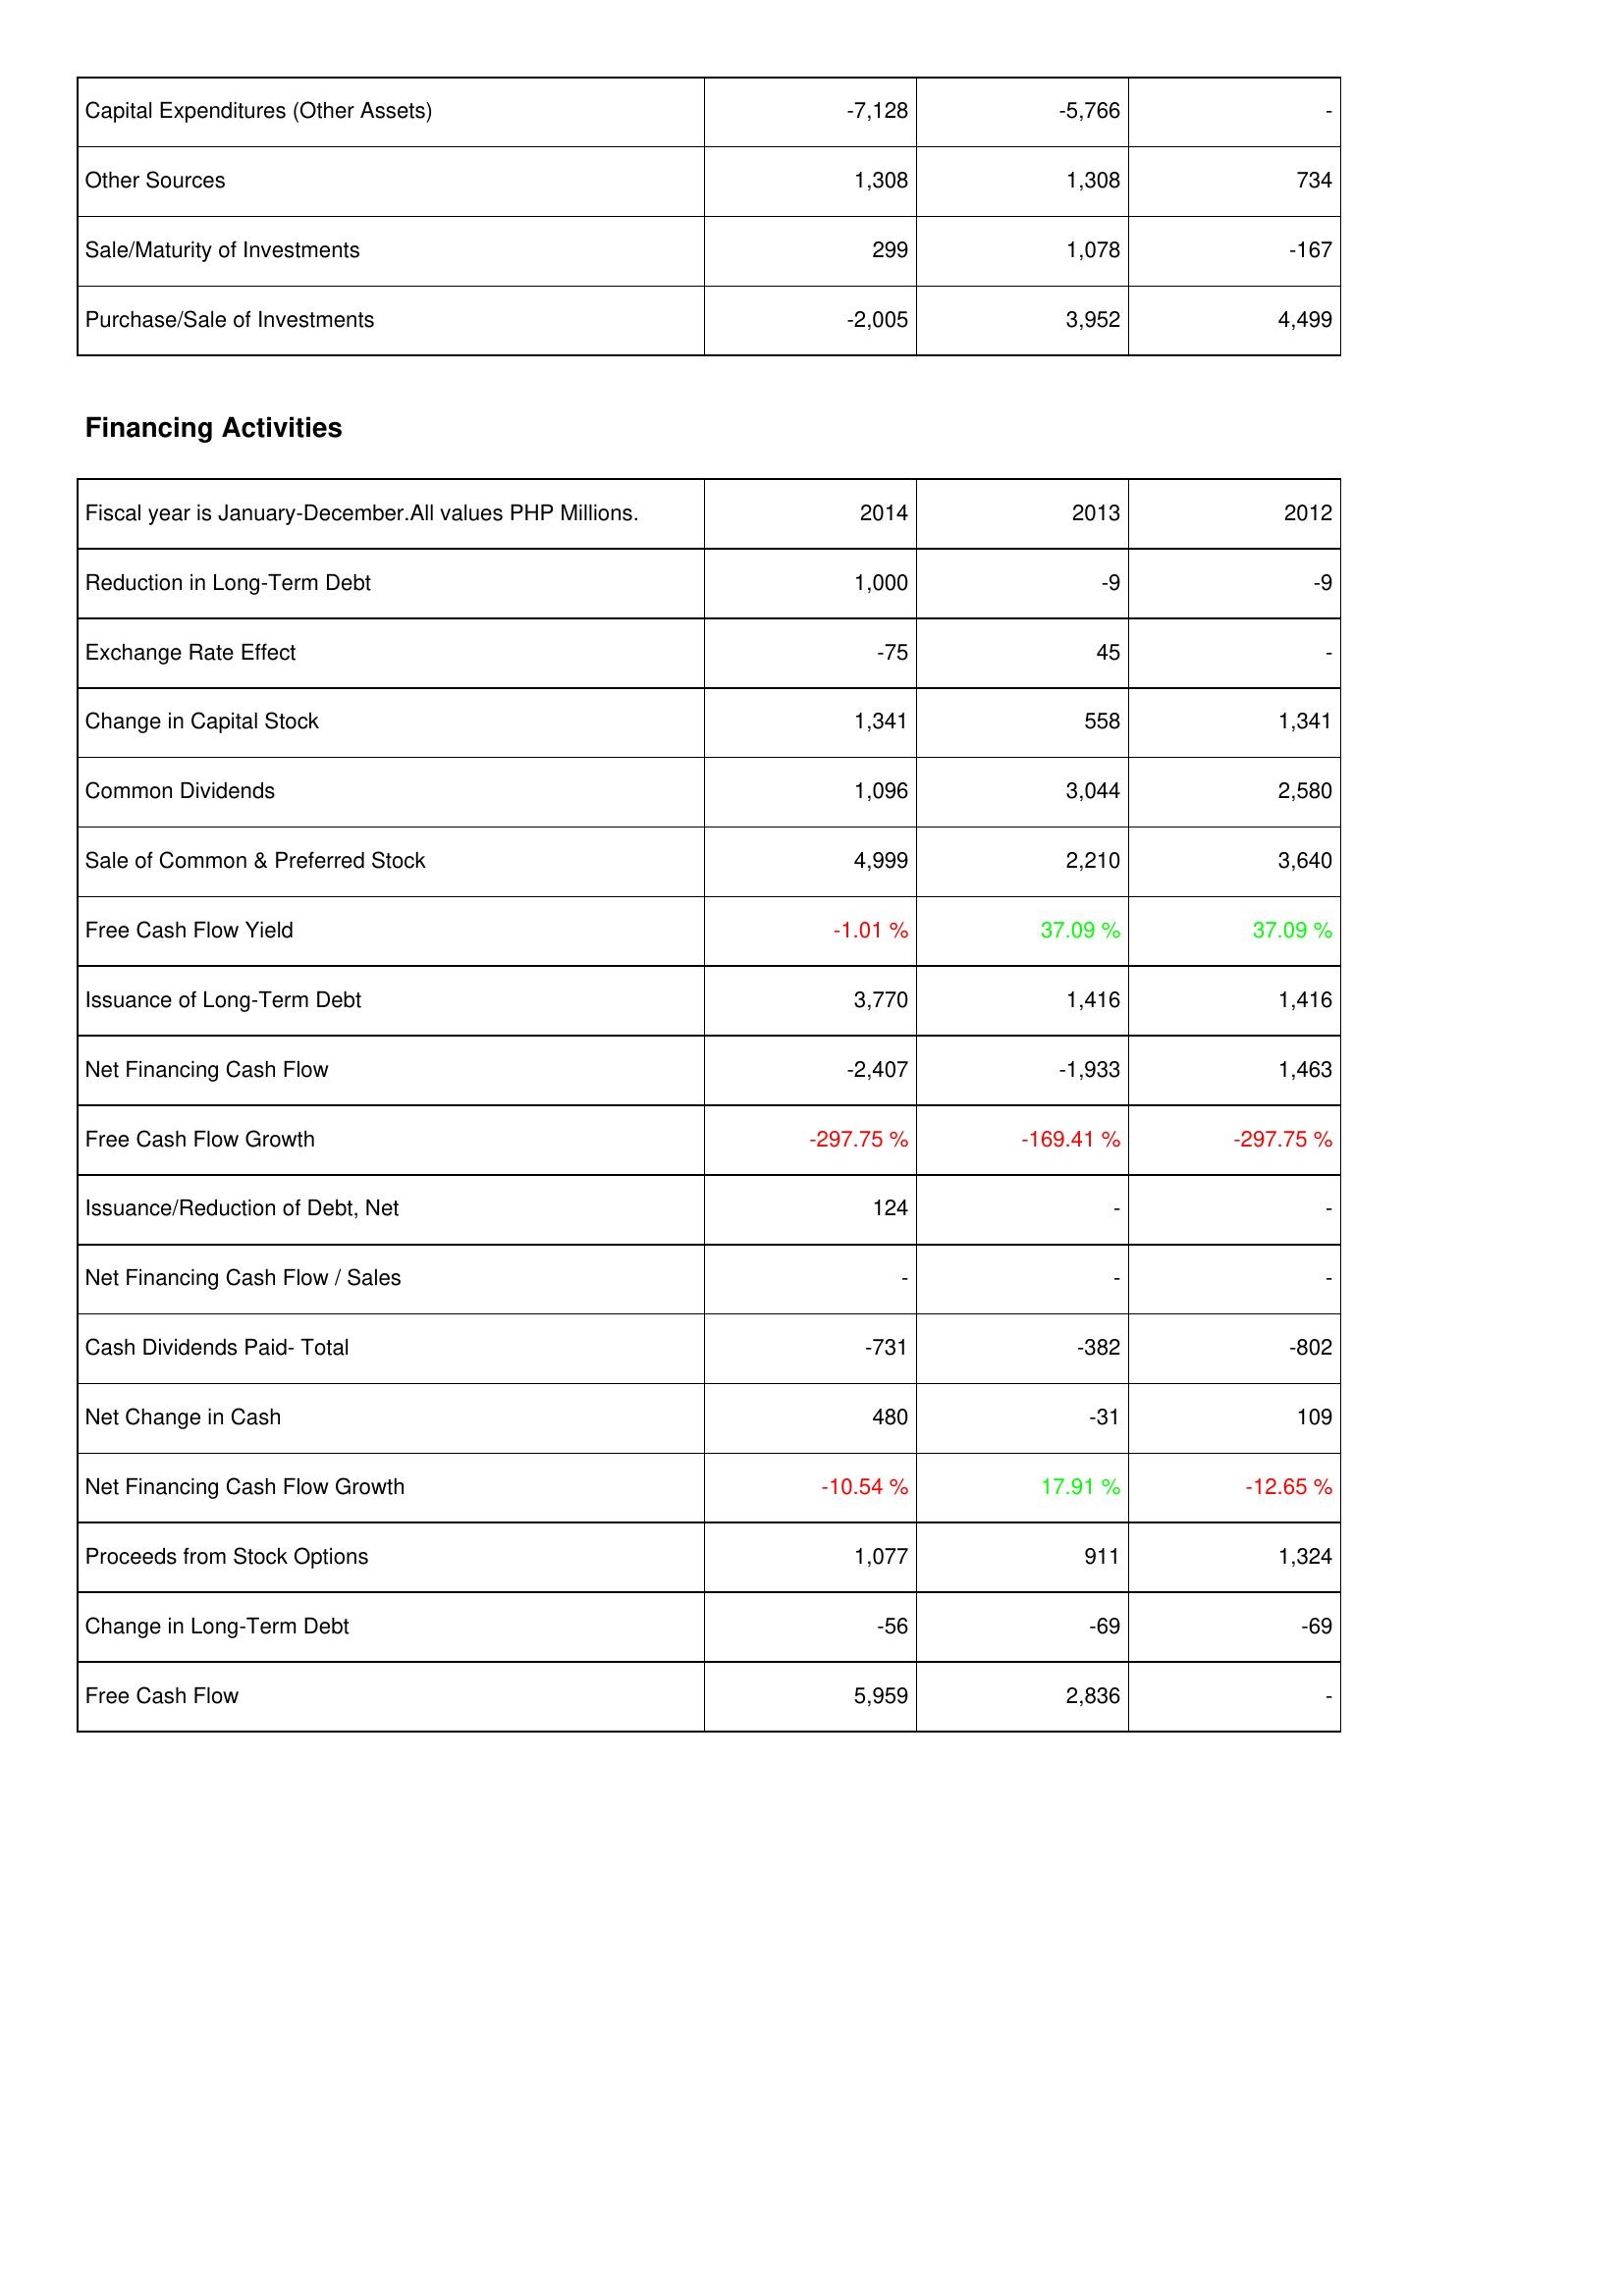
2014: Investing Activities: Capital Expenditures (Other Assets): -7,128
Other Sources: 1,308
Sale/Maturity of Investments: 299
Purchase/Sale of Investments: -2,005
Financing Activities: Reduction in Long-Term Debt: 1,000
Exchange Rate Effect: -75
Change in Capital Stock: 1,341
Common Dividends: 1,096
Sale of Common & Preferred Stock: 4,999
Free Cash Flow Yield: -1.01 %
Issuance of Long-Term Debt: 3,770
Net Financing Cash Flow: -2,407
Free Cash Flow Growth: -297.75 %
Issuance/Reduction of Debt, Net: 124
Net Financing Cash Flow / Sales: -
Cash Dividends Paid- Total: -731
Net Change in Cash: 480
Net Financing Cash Flow Growth: -10.54 %
Proceeds from Stock Options: 1,077
Change in Long-Term Debt: -56
Free Cash Flow: 5,959
2013: Investing Activities: Capital Expenditures (Other Assets): -5,766
Other Sources: 1,308
Sale/Maturity of Investments: 1,078
Purchase/Sale of Investments: 3,952
Financing Activities: Reduction in Long-Term Debt: -9
Exchange Rate Effect: 45
Change in Capital Stock: 558
Common Dividends: 3,044
Sale of Common & Preferred Stock: 2,210
Free Cash Flow Yield: 37.09 %
Issuance of Long-Term Debt: 1,416
Net Financing Cash Flow: -1,933
Free Cash Flow Growth: -169.41 %
Issuance/Reduction of Debt, Net: -
Net Financing Cash Flow / Sales: -
Cash Dividends Paid- Total: -382
Net Change in Cash: -31
Net Financing Cash Flow Growth: 17.91 %
Proceeds from Stock Options: 911
Change in Long-Term Debt: -69
Free Cash Flow: 2,836
2012: Investing Activities: Capital Expenditures (Other Assets): -
Other Sources: 734
Sale/Maturity of Investments: -167
Purchase/Sale of Investments: 4,499
Financing Activities: Reduction in Long-Term Debt: -9
Exchange Rate Effect: -
Change in Capital Stock: 1,341
Common Dividends: 2,580
Sale of Common & Preferred Stock: 3,640
Free Cash Flow Yield: 37.09 %
Issuance of Long-Term Debt: 1,416
Net Financing Cash Flow: 1,463
Free Cash Flow Growth: -297.75 %
Issuance/Reduction of Debt, Net: -
Net Financing Cash Flow / Sales: -
Cash Dividends Paid- Total: -802
Net Change in Cash: 109
Net Financing Cash Flow Growth: -12.65 %
Proceeds from Stock Options: 1,324
Change in Long-Term Debt: -69
Free Cash Flow: -